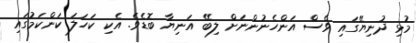
މުޅި ދުނިޔޭގައި ވެސް އަންހެނުންނަށް ލިބޭ އަނިޔާ ބޮޑެވެ. އެކި ކަހަލަ ކަންކަމުގައި